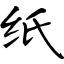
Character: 纸